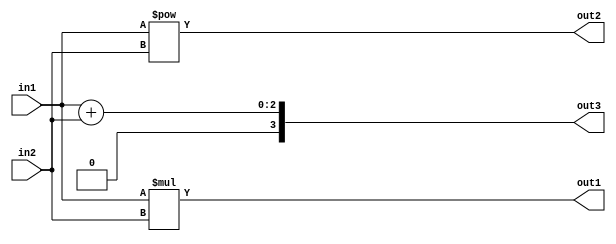

module JyhCal(
    input [1 : 0] in1, in2,
    output [3 : 0] out1, out2, out3
  );
  assign out1 = in1 * in2;
  assign out2 = in1 ** in2;
  assign out3 = in1 + in2;
endmodule